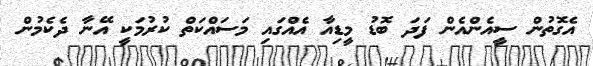
އެގޮތުން ސީއެންއެން ފަދަ ބޮޑު މީޑިއާ އެއްގައި މަސައްކަތް ކުރުމަކީ އޭނާ ދެކެމުން